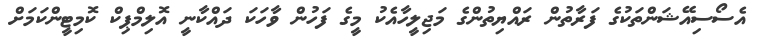
އެސޯސިއޭޝަންތަކުގެ ފަރާތުން ރައްޔިތުންގެ މަޖިލީހާއެކު މީގެ ފަހުން ވާހަކަ ދައްކާނީ އޮލިމްޕިކް ކޮމިޓީންކަމަށް